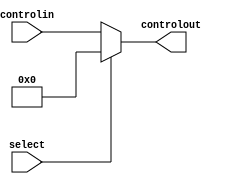
/********************************************************************
*                                                                   *
********************************************************************/

module ctlBusMux
    (
    input [4:0] controlin,
    input   select,
    output wire [4:0] controlout
    );
    
reg [4:0] control;

always @* begin
    if (select)
        control <= 8'b0;
    else
        control <= controlin;  
    end
    
    assign controlout = control;
    
endmodule